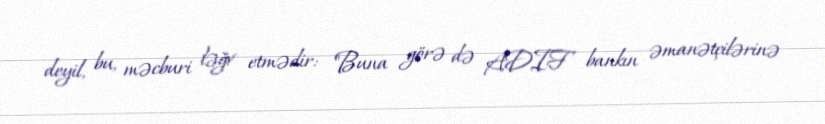
deyil, bu, məcburi ləğv etmədir: "Buna görə də ADIF bankın əmanətçilərinə